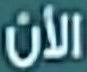
الأن